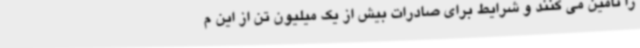
را تامین می کنند و شرایط برای صادرات بیش از یک میلیون تن از این م